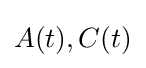
{\mathbf {} }A(t),C(t)